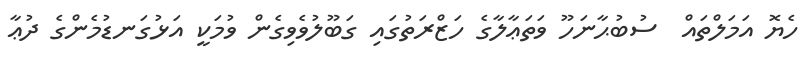
ހެޔޮ އަމަލްތައް  ސުބުޙާނަހޫ ވަތަޢާލާގެ ހަޒްރަތުގައި ގަބޫލުވެވިގެން ވުމަކީ އަޅުގަނޑުމެންގެ ދުޢާ